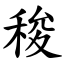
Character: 稄